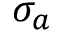
\sigma _ { a }